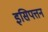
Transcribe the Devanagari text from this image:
इसिपत्तन